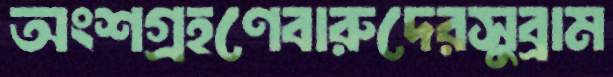
অংশগ্রহণেবারুদেরসুব্রাম